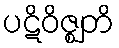
ပဋိဝိဇ္ဈတိ